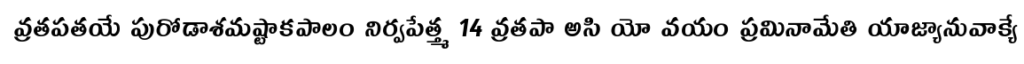
వ్రతపతయే పురోడాశమష్టాకపాలం నిర్వపేత్త్మ 14 వ్రతపా అసి యో వయం ప్రమినామేతి యాజ్యానువాక్యే